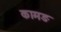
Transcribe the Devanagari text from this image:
कामङ